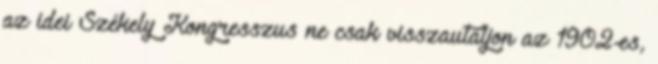
az idei Székely Kongresszus ne csak visszautaljon az 1902-es,